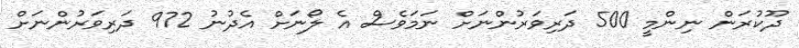
ދޫކުރަން ނިންމީ 500 ދަރިވަރުންނަށް ނަމަވެސް އެ ލޯނަށް އެދުނު 972 ދަރިވަރުންނަށް